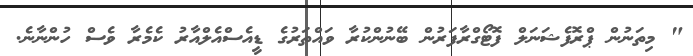
" މިތަނުން ޕްރޮފެޝަނަލް ފޮޓޯގްރާފަރުން ބޭނުންކުރާ ވައްތަރުގެ ޑީއެސްއެލްއާރު ކެމެރާ ވެސް ހުންނާނެ.